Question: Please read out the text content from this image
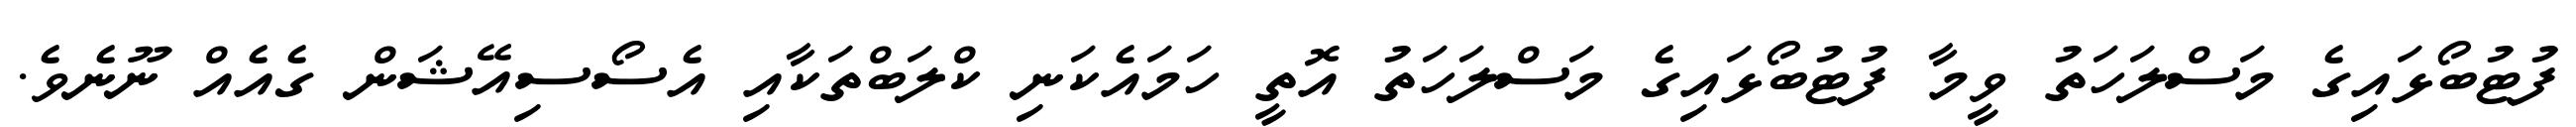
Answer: ފުޓުބޯޅައިގެ މަސްލަހަތު ވީމާ ފުޓުބޯޅައިގެ މަސްލަހަތު އޮތީ ހަމައެކަނި ކްލަބްތަކާއި އެސޯސިއޭޝަން ގެއެއް ނޫނެވެ.